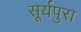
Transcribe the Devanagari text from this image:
सूर्यपुरा